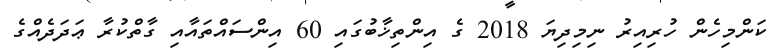
ކަންމިހެން ހުރިއިރު ނިމިދިޔަ 2018 ގެ އިންތިޚާބުގައި 60 އިންސައްތައާއި ގާތްކުރާ ޢަދަދެއްގެ